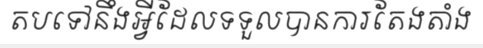
តបទៅនឹងអ្វីដែលទទួលបានការតែងតាំង